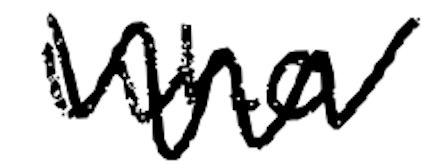
Text: who
Cross-out: zig-zag
Writing tool: digital_black